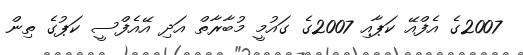
2007ގެ އެފްއޭ ކަޕާއި 2007ގެ ގައުމީ މުބާރާތް އަދި އޭއެފްސީ ކަޕުގެ ތިން